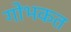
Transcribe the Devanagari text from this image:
गोभकत